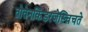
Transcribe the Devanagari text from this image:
तोतेनकिंडरजेस्चिचते